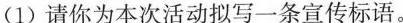
(1)请你为本次活动拟写一条宣传标语。